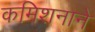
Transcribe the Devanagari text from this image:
कमिशनाने